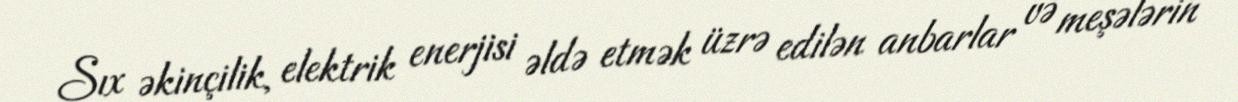
Sıx əkinçilik, elektrik enerjisi əldə etmək üzrə edilən anbarlar və meşələrin